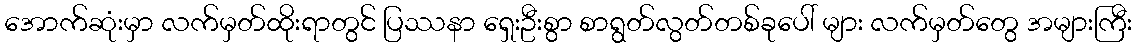
အောက်ဆုံးမှာ လက်မှတ်ထိုးရာတွင် ပြဿနာ ရှေးဦးစွာ စာရွတ်လွတ်တစ်ခုပေါ် များ လက်မှတ်တွေ အများကြီး